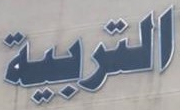
التربية